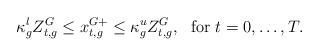
LaTeX: \begin{align*}\kappa^l_g Z^G_{t,g} \leq x^{G+}_{t,g}\leq \kappa^u_g Z^G_{t,g},~\mbox{ for } t=0,\dots, T.\end{align*}